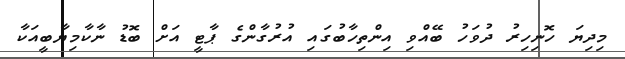
މިދިޔަ ހޮނިހިރު ދުވަހު ބޭއްވި އިންތިހާބުގައި އުރުގާންގެ ޕާޓީ އަށް ބޮޑު ނާކާމިޔާބީއަކާ